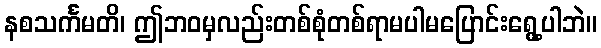
နစသင်္ကမတိ၊ ဤဘဝမှလည်းတစ်စုံတစ်ရာမပါမပြောင်းရွေ့ပါဘဲ။